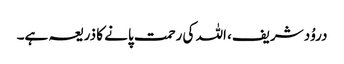
دروُد شریف، اللہ کی رحمت پانے کا ذریعہ ہے۔